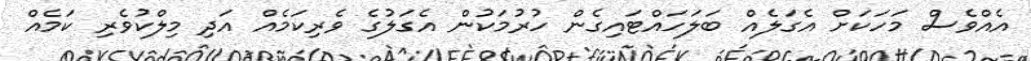
އެއްވެސް މަހަކަށް އެގަލެއް ބަލަހައްޓައިގެން ހުރުމަކުން އެގަލުގެ ވެރިކަމެއް އަދި މިލްކުވެރި ކަމެއް